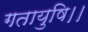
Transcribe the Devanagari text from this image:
गतायुषि।।